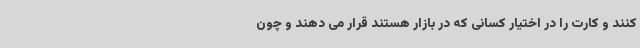
کنند و کارت را در اختیار کسانی که در بازار هستند قرار می دهند و چون